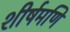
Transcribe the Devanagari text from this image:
शीर्षमणि